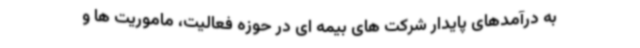
به درآمدهای پایدار شرکت های بیمه ای در حوزه فعالیت، ماموریت ها و